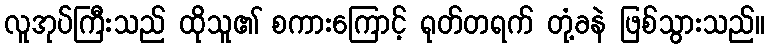
လူအုပ်ကြီးသည် ထိုသူ၏ စကားကြောင့် ရုတ်တရက် တုံ့ခနဲ ဖြစ်သွားသည်။